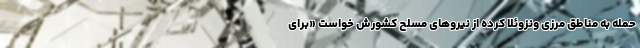
حمله به مناطق مرزی ونزوئلا کرده از نیروهای مسلح کشورش خواست «برای